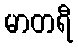
မာတရီ